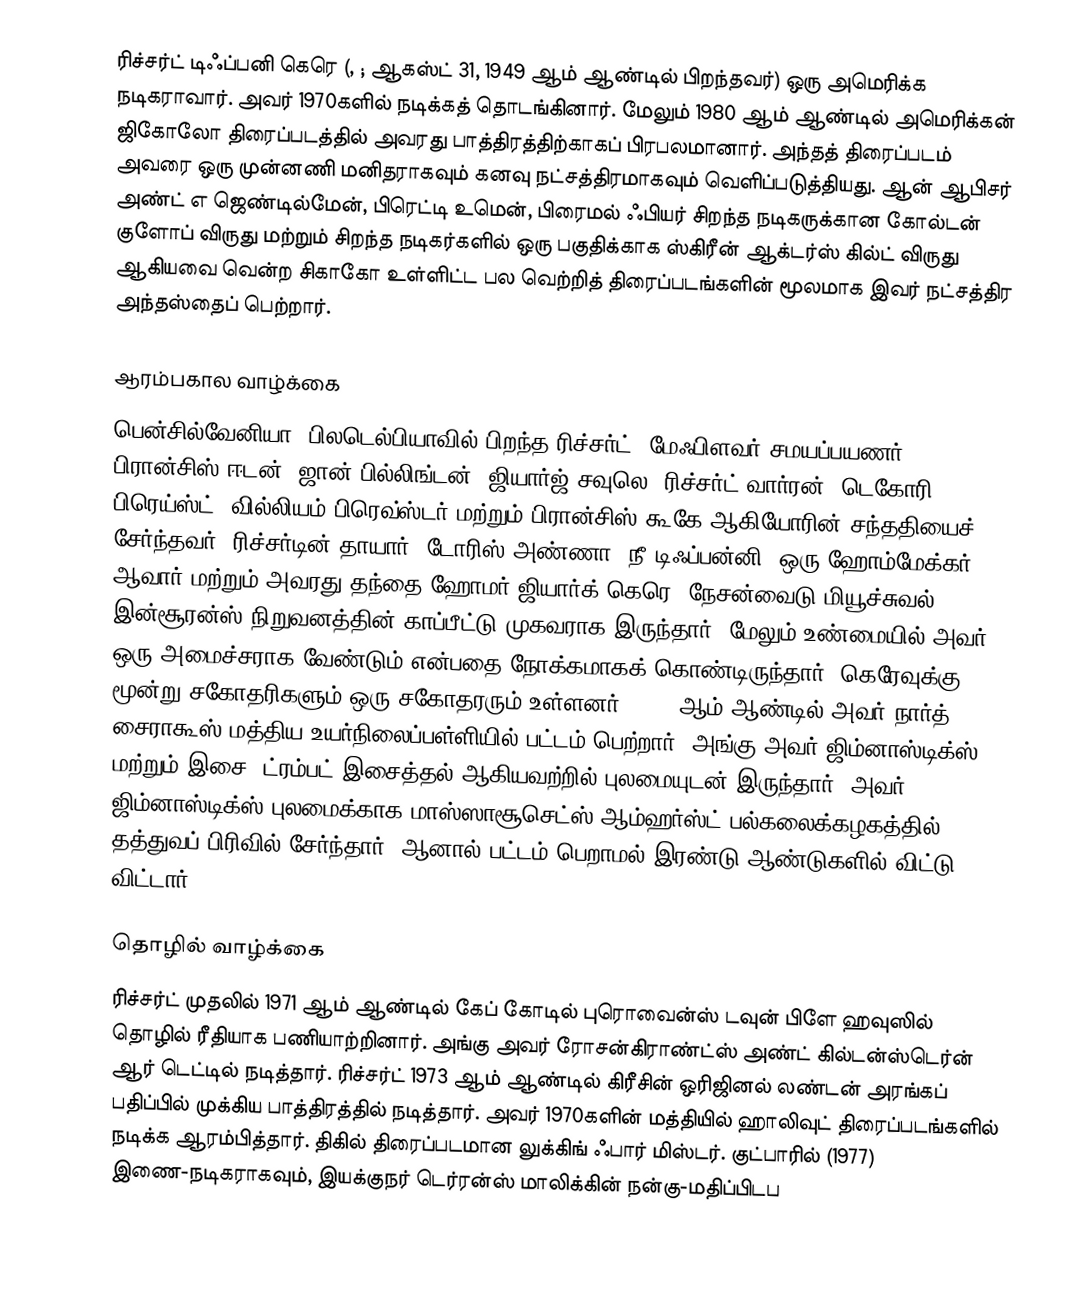
ரிச்சர்ட் டிஃப்பனி கெரெ  (, ; ஆகஸ்ட் 31, 1949 ஆம் ஆண்டில் பிறந்தவர்) ஒரு அமெரிக்க நடிகராவார். அவர் 1970களில் நடிக்கத் தொடங்கினார். மேலும் 1980 ஆம் ஆண்டில் அமெரிக்கன் ஜிகோலோ திரைப்படத்தில் அவரது பாத்திரத்திற்காகப் பிரபலமானார். அந்தத் திரைப்படம் அவரை ஒரு முன்னணி மனிதராகவும் கனவு நட்சத்திரமாகவும் வெளிப்படுத்தியது. ஆன் ஆபிசர் அண்ட் எ ஜெண்டில்மேன், பிரெட்டி உமென், பிரைமல் ஃபியர் சிறந்த நடிகருக்கான கோல்டன் குளோப் விருது மற்றும் சிறந்த நடிகர்களில் ஒரு பகுதிக்காக ஸ்கிரீன் ஆக்டர்ஸ் கில்ட் விருது ஆகியவை வென்ற சிகாகோ உள்ளிட்ட பல வெற்றித் திரைப்படங்களின் மூலமாக இவர் நட்சத்திர அந்தஸ்தைப் பெற்றார்.

ஆரம்பகால வாழ்க்கை
பென்சில்வேனியா, பிலடெல்பியாவில் பிறந்த ரிச்சர்ட், மேஃபிளவர் சமயப்பயணர் பிரான்சிஸ் ஈடன், ஜான் பில்லிங்டன், ஜியார்ஜ் சவுலெ, ரிச்சர்ட் வார்ரன், டெகோரி பிரெய்ஸ்ட், வில்லியம் பிரெவ்ஸ்டர் மற்றும் பிரான்சிஸ் கூகே ஆகியோரின் சந்ததியைச் சேர்ந்தவர். ரிச்சர்டின் தாயார், டோரிஸ் அண்ணா (நீ டிஃப்பன்னி) ஒரு ஹோம்மேக்கர் ஆவார் மற்றும் அவரது தந்தை ஹோமர் ஜியார்க் கெரெ, நேசன்வைடு மியூச்சுவல் இன்சூரன்ஸ் நிறுவனத்தின் காப்பீட்டு முகவராக இருந்தார். மேலும் உண்மையில் அவர் ஒரு அமைச்சராக வேண்டும் என்பதை நோக்கமாகக் கொண்டிருந்தார். கெரேவுக்கு மூன்று சகோதரிகளும் ஒரு சகோதரரும் உள்ளனர். 1967 ஆம் ஆண்டில் அவர் நார்த் சைராகூஸ் மத்திய உயர்நிலைப்பள்ளியில் பட்டம் பெற்றார். அங்கு அவர் ஜிம்னாஸ்டிக்ஸ் மற்றும் இசை, ட்ரம்பட் இசைத்தல் ஆகியவற்றில் புலமையுடன் இருந்தார். அவர் ஜிம்னாஸ்டிக்ஸ் புலமைக்காக மாஸ்ஸாசூசெட்ஸ் ஆம்ஹர்ஸ்ட் பல்கலைக்கழகத்தில் தத்துவப் பிரிவில் சேர்ந்தார். ஆனால் பட்டம் பெறாமல் இரண்டு ஆண்டுகளில் விட்டு விட்டார்.

தொழில் வாழ்க்கை
ரிச்சர்ட் முதலில் 1971 ஆம் ஆண்டில் கேப் கோடில் புரொவைன்ஸ் டவுன் பிளே ஹவுஸில் தொழில் ரீதியாக பணியாற்றினார். அங்கு அவர் ரோசன்கிராண்ட்ஸ் அண்ட் கில்டன்ஸ்டெர்ன் ஆர் டெட்டில் நடித்தார். ரிச்சர்ட் 1973 ஆம் ஆண்டில் கிரீசின் ஒரிஜினல் லண்டன் அரங்கப் பதிப்பில் முக்கிய பாத்திரத்தில் நடித்தார். அவர் 1970களின் மத்தியில் ஹாலிவுட் திரைப்படங்களில் நடிக்க ஆரம்பித்தார். திகில் திரைப்படமான லுக்கிங் ஃபார் மிஸ்டர். குட்பாரில் (1977) இணை-நடிகராகவும், இயக்குநர் டெர்ரன்ஸ் மாலிக்கின் நன்கு-மதிப்பிடப